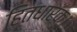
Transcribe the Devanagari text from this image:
हितधारक।